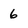
Character: 6